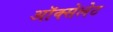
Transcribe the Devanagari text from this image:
ऑक्सेलेट